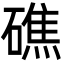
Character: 礁